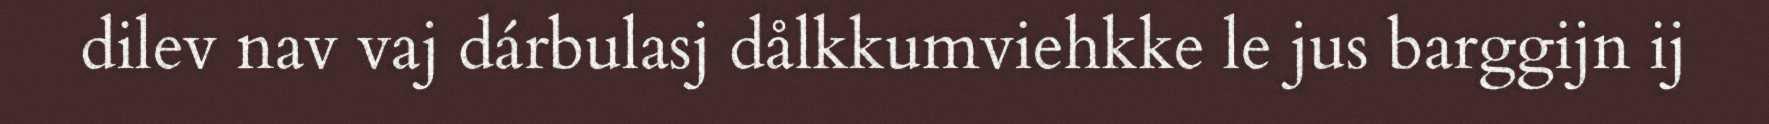
dilev nav vaj dárbulasj dålkkumviehkke le jus barggijn ij